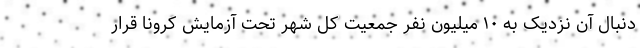
دنبال آن نزدیک به ۱۰ میلیون نفر جمعیت کل شهر تحت آزمایش کرونا قرار